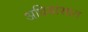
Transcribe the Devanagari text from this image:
अधिवासात